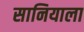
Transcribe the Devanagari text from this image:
सानियाला